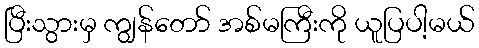
ပြီးသွားမှ ကျွန်တော် အစ်မကြီးကို ယူပြပါ့မယ်